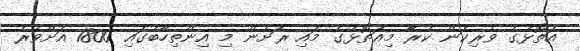
އަތޮޅުގެ ވެރިކަން ކުރާ މިއަތޮޅުގެ މައި ރަށުން މި އިންތިހާބުގައި 1800 އަށްވުރެ